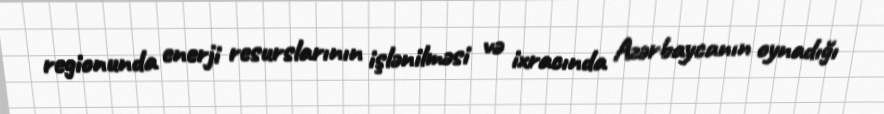
regionunda enerji resurslarının işlənilməsi və ixracında Azərbaycanın oynadığı